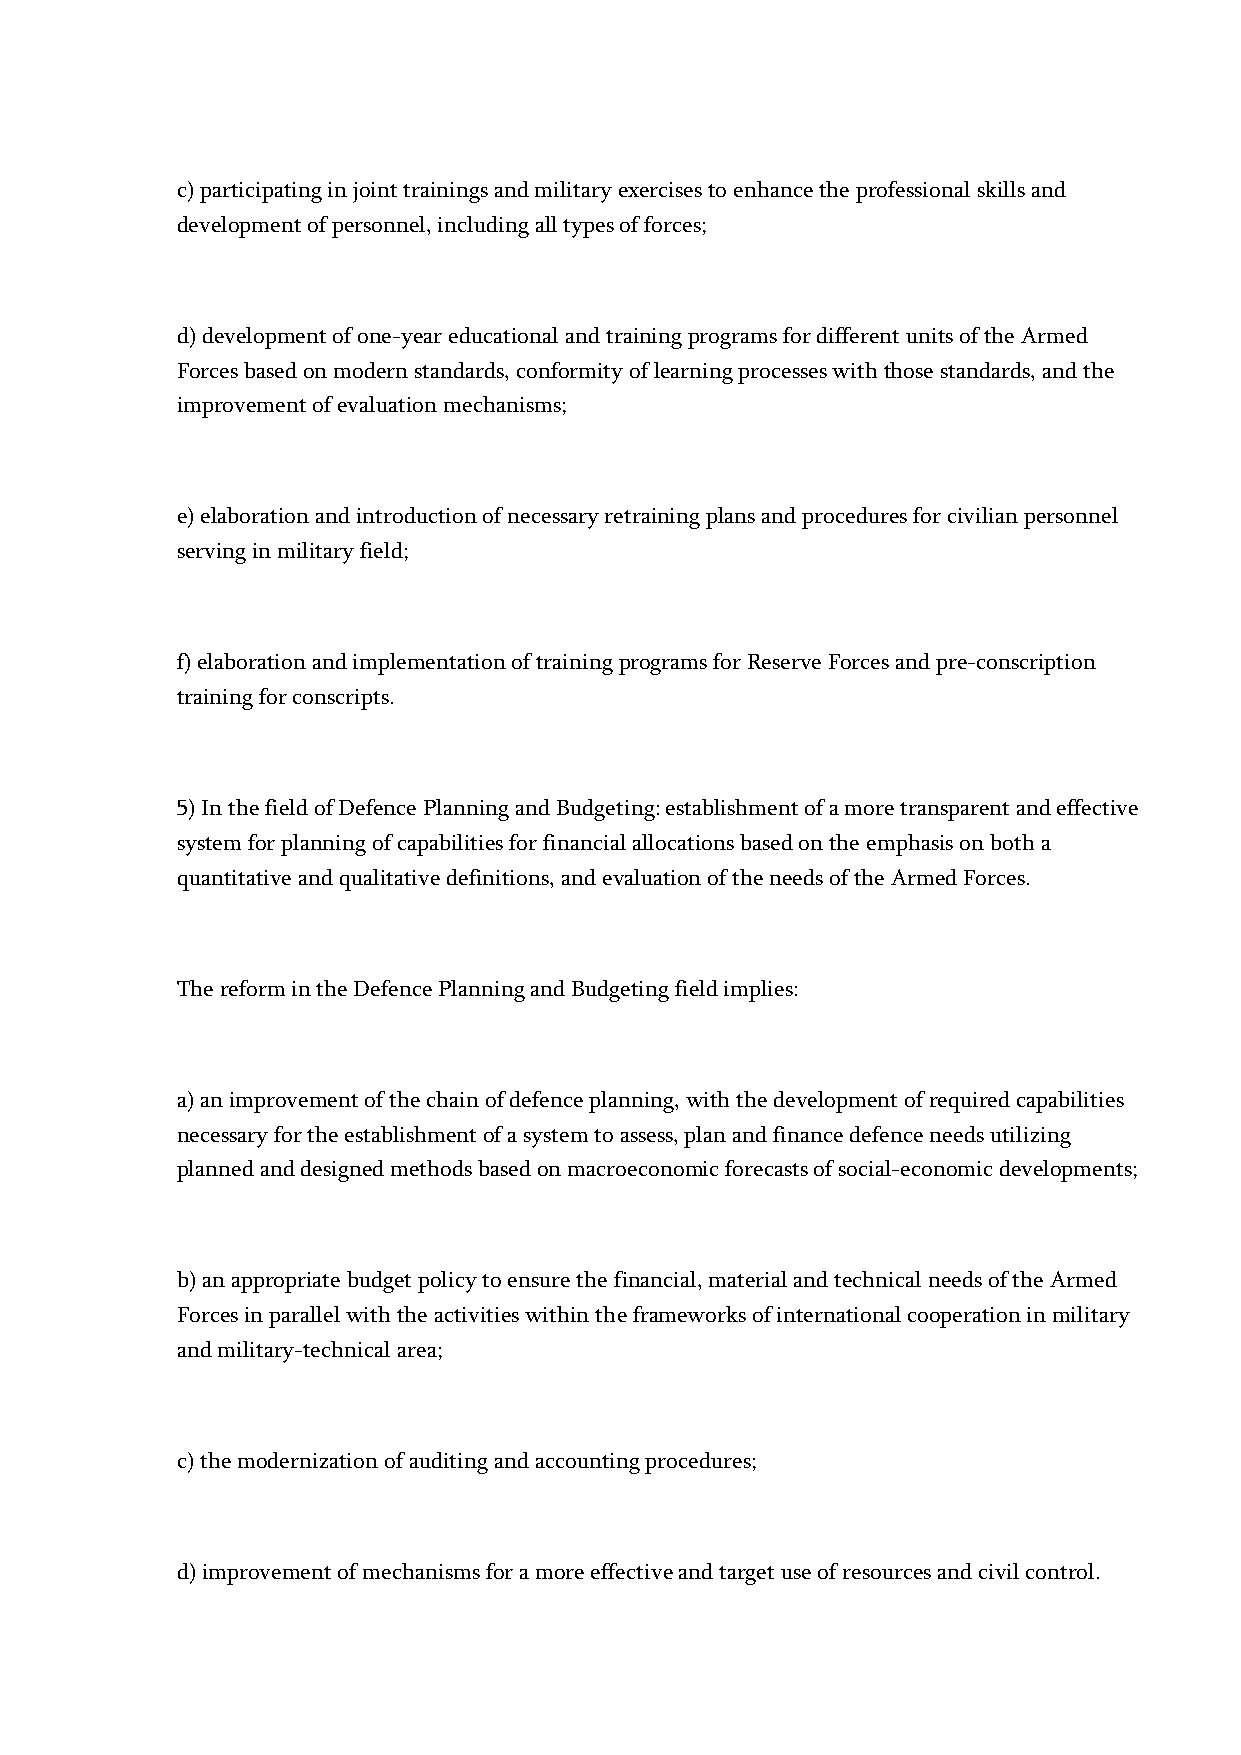
c) participating in joint trainings and military exercises to enhance the professional skills and
 development of personnel, including all types of forces;
 d) development of one-year educational and training programs for different units of the Armed
 Forces based on modern standards, conformity of learning processes with those standards, and the
 improvement of evaluation mechanisms;
 e) elaboration and introduction of necessary retraining plans and procedures for civilian personnel
 serving in military field;
 f) elaboration and implementation of training programs for Reserve Forces and pre-conscription
 training for conscripts.
 5) In the field of Defence Planning and Budgeting: establishment of a more transparent and effective
 system for planning of capabilities for financial allocations based on the emphasis on both a
 quantitative and qualitative definitions, and evaluation of the needs of the Armed Forces.
 The reform in the Defence Planning and Budgeting field implies:
 a) an improvement of the chain of defence planning, with the development of required capabilities
 necessary for the establishment of a system to assess, plan and finance defence needs utilizing
 planned and designed methods based on macroeconomic forecasts of social-economic developments;
 b) an appropriate budget policy to ensure the financial, material and technical needs of the Armed
 Forces in parallel with the activities within the frameworks of international cooperation in military
 and military-technical area;
 c) the modernization of auditing and accounting procedures;
 d) improvement of mechanisms for a more effective and target use of resources and civil control.